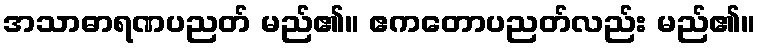
အသာဓာရဏပညတ် မည်၏။ ဧကတောပညတ်လည်း မည်၏။